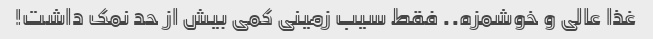
غذا عالی و خوشمزه.. فقط سیب زمینی کمی بیش از حد نمک داشت!